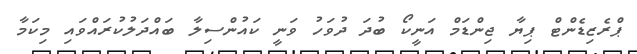
ޕްރެޒިޑެންޓް ޕިޔާ ޖިންޑަމް އަނީކޯ ބުދަ ދުވަހު ވަނީ ކައުންސިލާ ބައްދަލުކުރައްވައި މިކަމާ